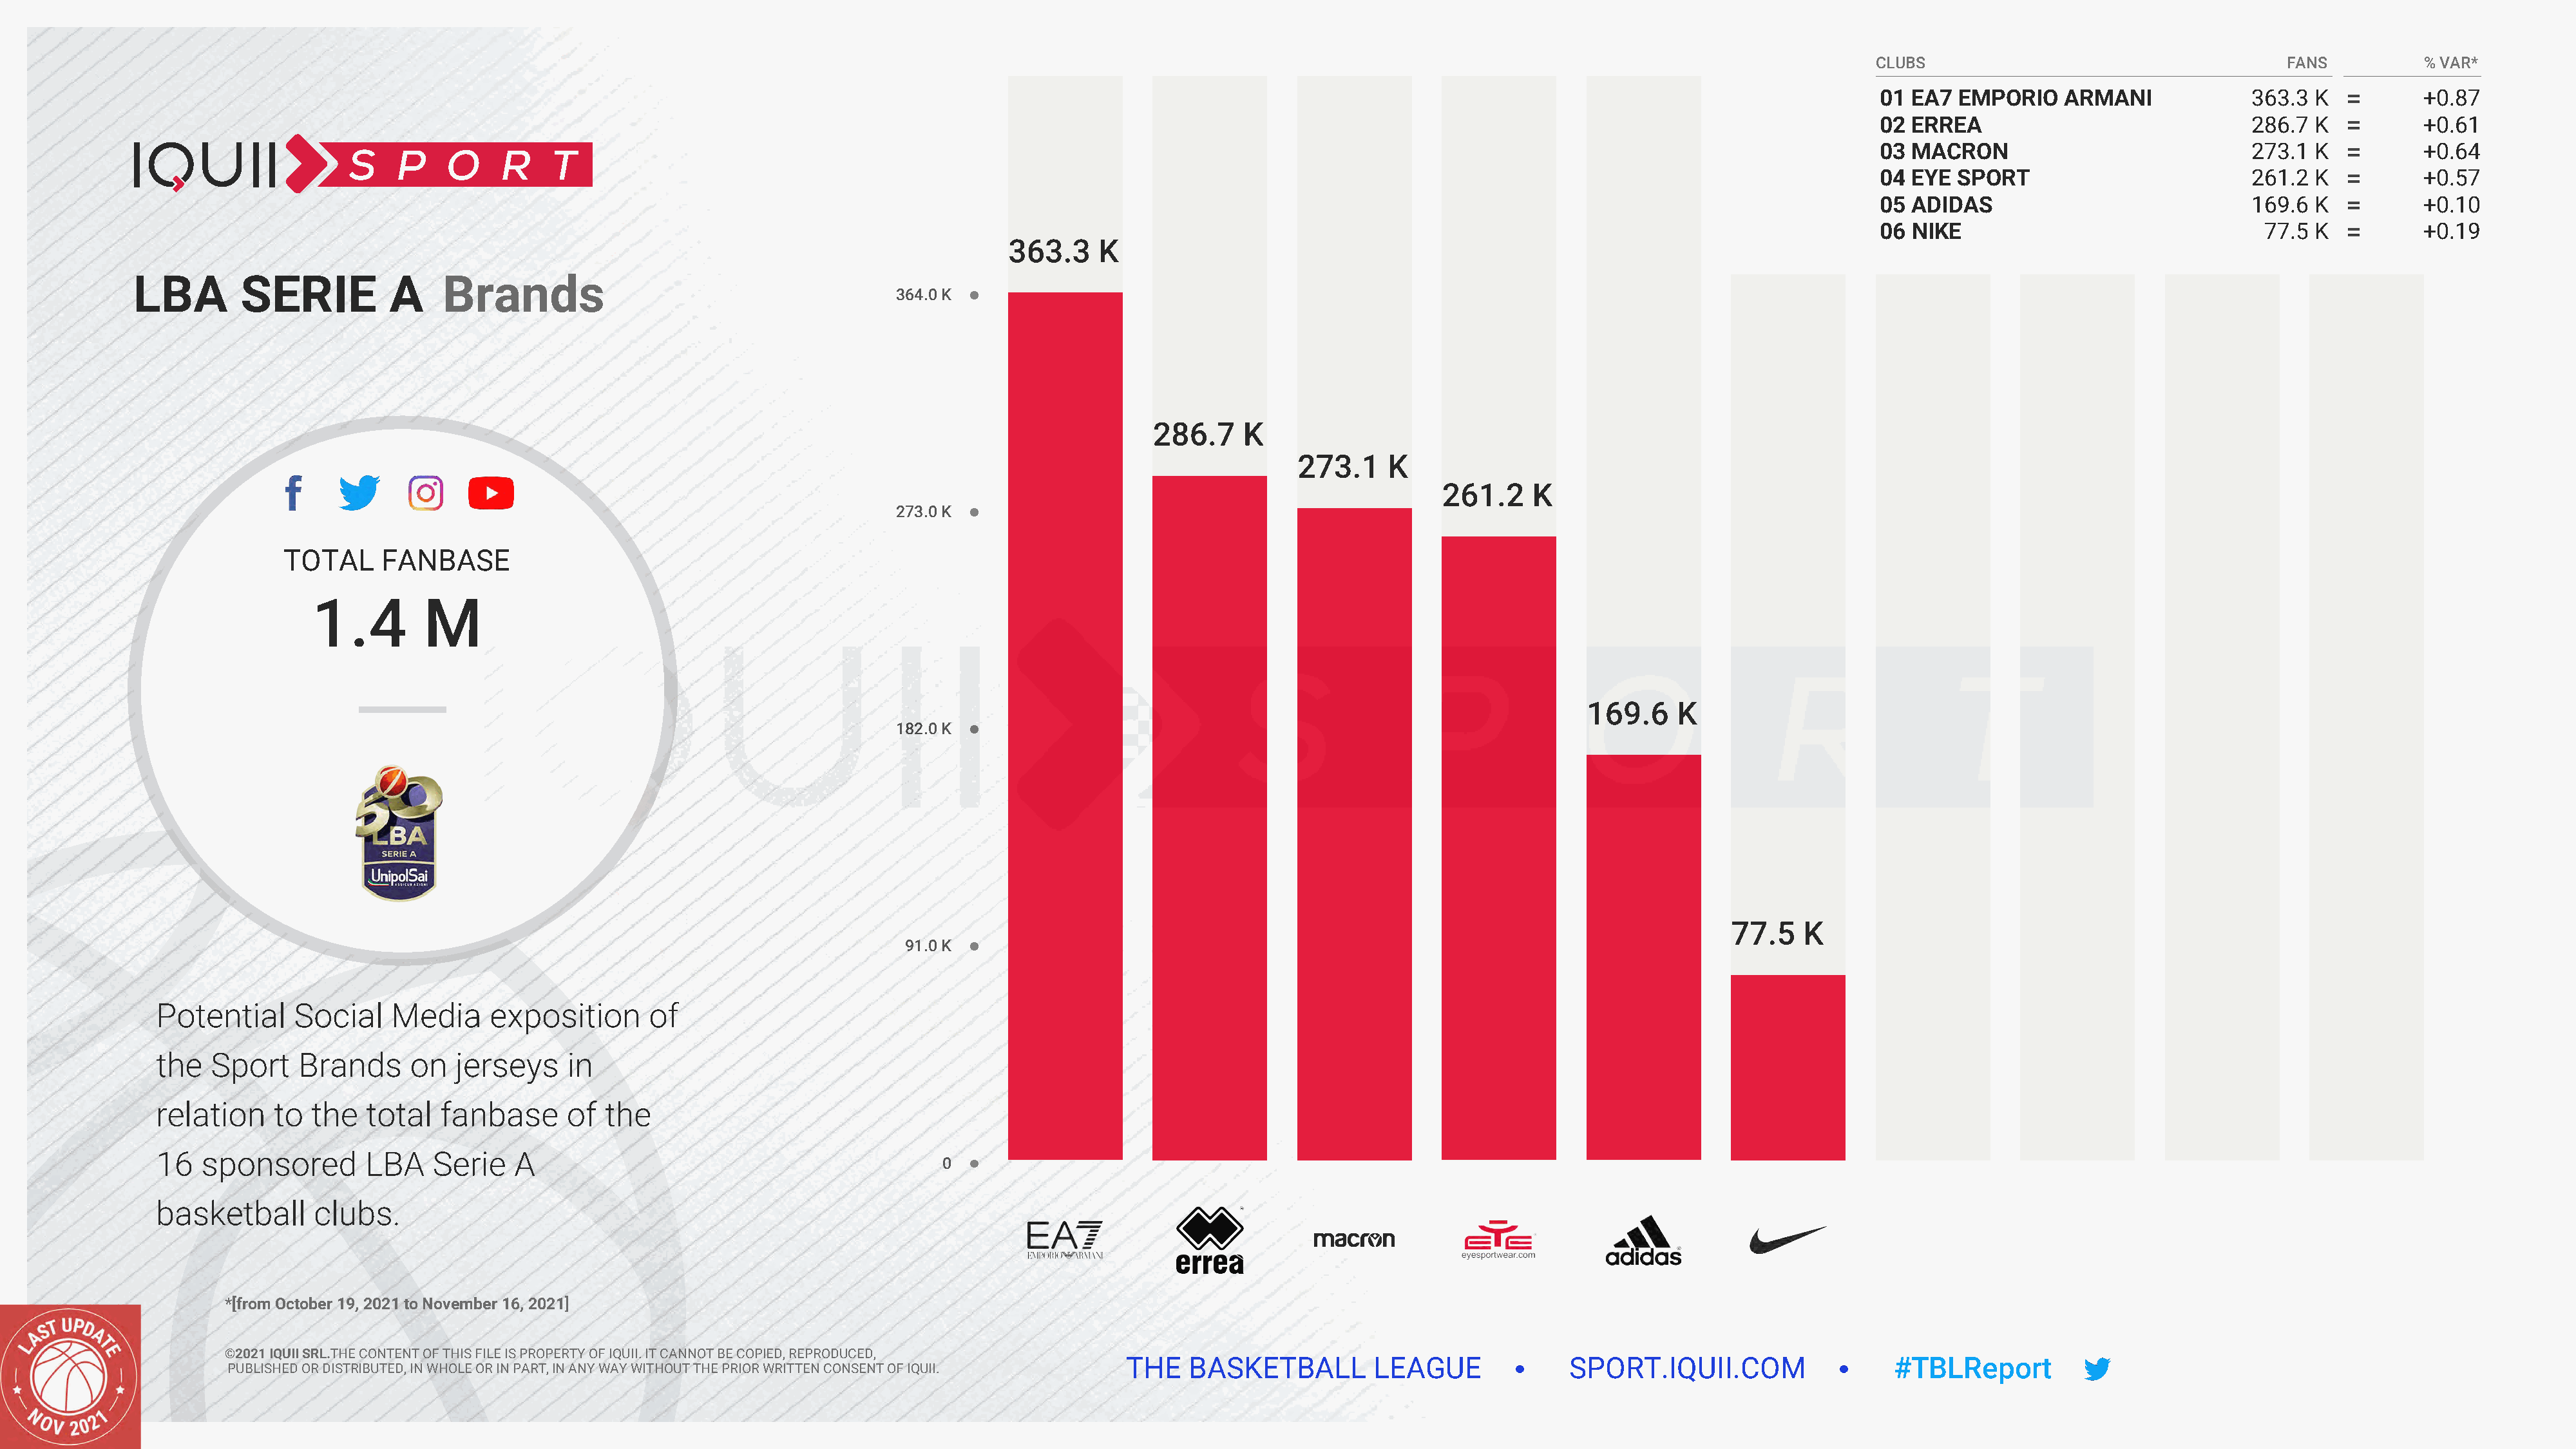
CLUBS                                     FANS          % VAR*
 01 EA7  EMPORIO    ARMANI             363.3  K          +0.87
 02 ERREA                              286.7  K          +0.61
 03 MACRON                             273.1  K          +0.64
 04 EYE  SPORT                         261.2  K          +0.57
 05 ADIDAS                             169.6  K          +0.10
 06 NIKE                                 77.5 K          +0.19
 363.3    K
 LBA        SERIE          A    Brands
 364.0 K
 286.7     K
 273.1     K
 261.2    K
 273.0 K
 TOTAL     FANBASE
 1.4         M
 169.6    K
 182.0 K
 77.5   K
 91.0 K
 Potential     Social    Media     exposition       of
 the   Sport    Brands     on   jerseys    in
 relation    to  the   total  fanbase      of  the
 16   sponsored        LBA   Serie    A
 0
 basketball      clubs.
 *[from October 19, 2021 to November 16, 2021]
 ©2021 IQUII SRL.THE CONTENT OF THIS FILE IS PROPERTY OF IQUII. IT CANNOT BE COPIED, REPRODUCED,
 THE   BASKETBALL         LEAGUE              SPORT.IQUII.COM                   #TBLReport
 PUBLISHED OR DISTRIBUTED, IN WHOLE OR IN PART, IN ANY WAY WITHOUT THE PRIOR WRITTEN CONSENT OF IQUII.